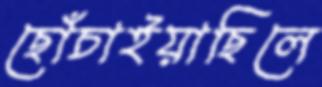
ছোঁচাইয়াছিলে